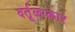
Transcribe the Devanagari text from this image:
वर्तूळाकार